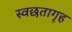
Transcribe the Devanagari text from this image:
स्वछतागृह